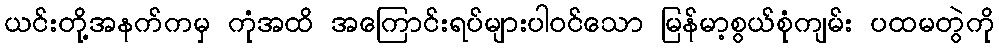
ယင်းတို့အနက်ကမှ ကုံအထိ အကြောင်းရပ်များပါဝင်သော မြန်မာ့စွယ်စုံကျမ်း ပထမတွဲကို